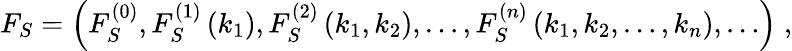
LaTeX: F_{S}=\left(F_{S}^{(0)},F_{S}^{(1)}\left(k_{1}\right),F_{S}^{(2)}\left(k_{1},k_{2}\right),\ldots,F_{S}^{(n)}\left(k_{1},k_{2},\ldots,k_{n}\right),\ldots\right)\; ,